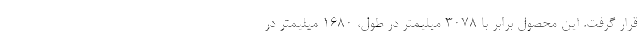
قرار گرفت. این محصول برابر با 3078 میلیمتر در طول، 1680 میلیمتر در